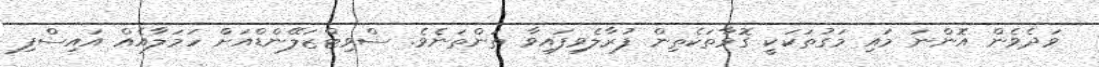
ވަދެވެން އޮންނަ މައި މަގުތަކަކީ ގޮވާތަކެތިން ފުރާލެވިފައިވާ ތަންތަނެވެ. ސްވިޓްޒަލޭންޑްއަށް ހަމަލާއެއް އައިސްފި